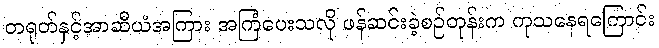
တရုတ်နှင့်အာဆီယံအကြား အကြံပေးသလို ဖန်ဆင်းခဲ့စဉ်တုန်းက ကုသနေရကြောင်း